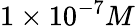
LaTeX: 1\times 10^{-7}M